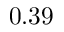
0 . 3 9